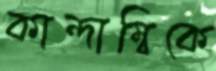
কান্দাম্বিকে